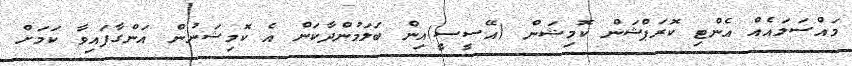
މައްސަލައެއް އެންޓި ކޮރަޕްޝަން ކޮމިޝަން (އޭސީސީ)އިން ބަލަމުންދާކަން އެ ކޮމިޝަނުން އަންގާފައިވާ ކަމަށް